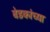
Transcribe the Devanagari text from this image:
बेडकांच्या